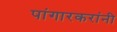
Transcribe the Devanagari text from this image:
पांगारकरांनी